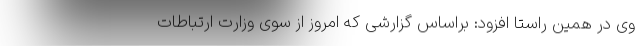
وی در همین راستا افزود: براساس گزارشی که امروز از سوی وزارت ارتباطات